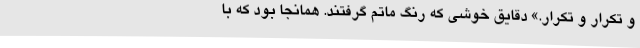
و تکرار و تکرار.» دقایق خوشی که رنگ ماتم گرفتند. همانجا بود که با